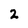
Character: 2